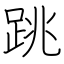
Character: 跳